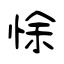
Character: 悇